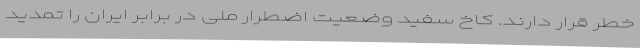
خطر قرار دارند. کاخ سفید وضعیت اضطرار ملی در برابر ایران را تمدید